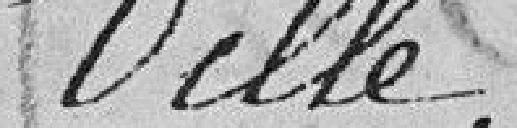
Ville